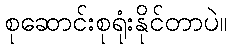
စုဆောင်းစုရုံးနိုင်တာပဲ။